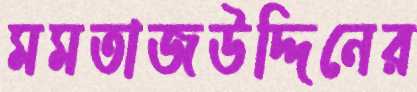
মমতাজউদ্দিনের